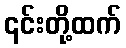
၎င်းတို့ထက်